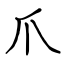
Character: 爪